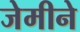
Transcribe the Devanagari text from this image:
जेमीने